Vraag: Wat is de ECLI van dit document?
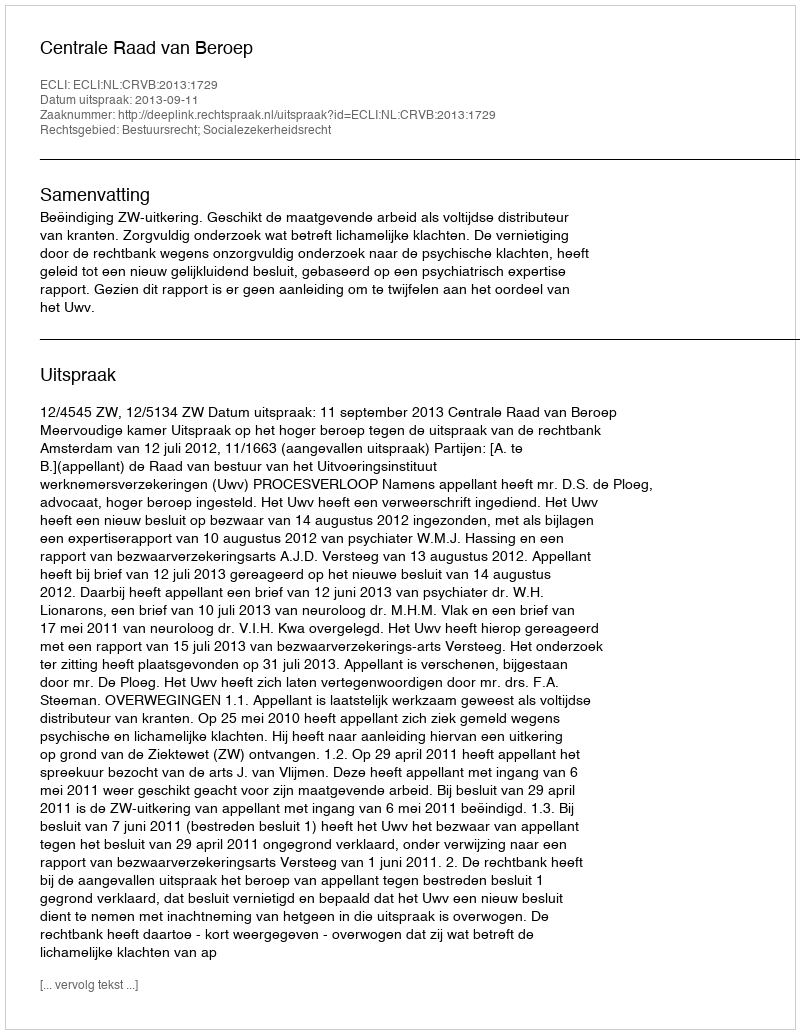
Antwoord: ECLI:NL:CRVB:2013:1729